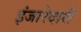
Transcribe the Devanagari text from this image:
इंजारेदारी